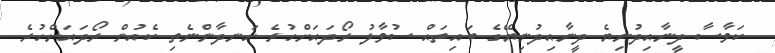
ކަވާސާ ދީނާއިދުނިޔެ ދީނާއިދުނިޔޭގެ ބައިތައް ސުވާލު ރޯދައަށްހުރެ ހަނދާންނެތި ކެއުން ރޯދައަށްހުރެ